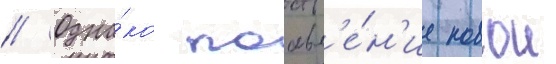
// Одна́ко поавл'е́н'ие новои